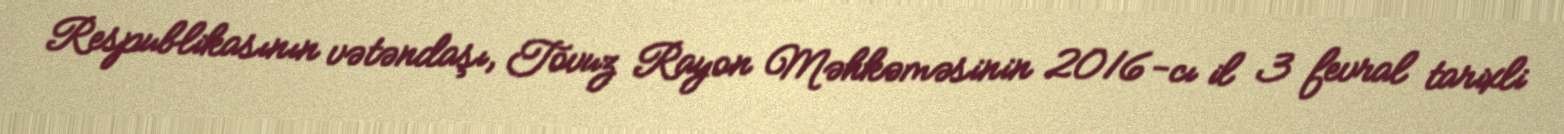
Respublikasının vətəndaşı, Tovuz Rayon Məhkəməsinin 2016-cı il 3 fevral tarixli